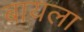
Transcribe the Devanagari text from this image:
बायला